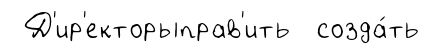
Д'ир'екторыправ'ить созда́ть